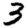
Digit: 3